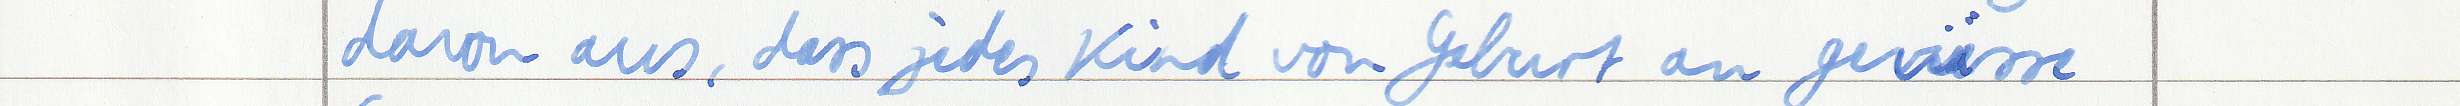
davon aus, dass jedes Kind von Geburt an gewisse